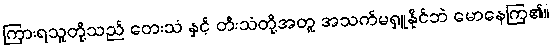
ကြားရသူတို့သည် တေးသံ နှင့် တီးသံတို့အတူ အသက်မရှူနိုင်ဘဲ မောနေကြ၏။